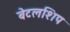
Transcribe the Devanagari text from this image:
बेटलशिप